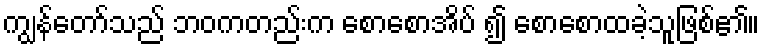
ကျွန်တော်သည် ဘဝကတည်းက စောစောအိပ် ၍ စောစောထခဲ့သူဖြစ်၏။